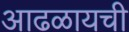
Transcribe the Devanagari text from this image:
आढळायची